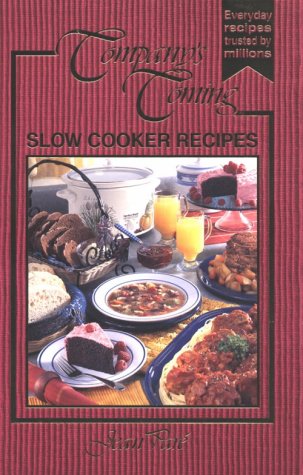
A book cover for Slow Cooker Recipes (Company's Coming); Jean ParÃ©; Cookbooks, Food & Wine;